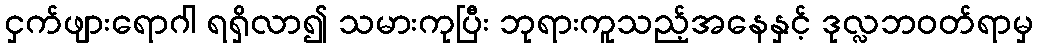
ငှက်ဖျားရောဂါ ရရှိလာ၍ သမားကုပြီး ဘုရားကူသည့်အနေနှင့် ဒုလ္လဘဝတ်ရာမှ